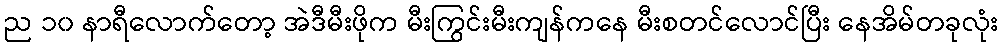
ည ၁၀ နာရီလောက်တော့ အဲဒီမီးဖိုက မီးကြွင်းမီးကျန်ကနေ မီးစတင်လောင်ပြီး နေအိမ်တခုလုံး